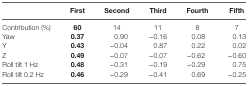
<table><thead><tr><td></td><td><b>First</b></td><td><b>Second</b></td><td><b>Third</b></td><td><b>Fourth</b></td><td><b>Fifth</b></td></tr></thead><tbody><tr><td>Contribution (%)</td><td><b>60</b></td><td>14</td><td>11</td><td>8</td><td>7</td></tr><tr><td>Yaw</td><td><b>0.37</b></td><td>0.90</td><td>−0.16</td><td>0.08</td><td>0.13</td></tr><tr><td>Y</td><td><b>0.43</b></td><td>−0.04</td><td>0.87</td><td>0.22</td><td>0.02</td></tr><tr><td>Z</td><td><b>0.49</b></td><td>−0.07</td><td>−0.07</td><td>−0.62</td><td>−0.60</td></tr><tr><td>Roll tilt 1 Hz</td><td><b>0.48</b></td><td>−0.31</td><td>−0.19</td><td>−0.29</td><td>0.75</td></tr><tr><td>Roll tilt 0.2 Hz</td><td><b>0.46</b></td><td>−0.29</td><td>−0.41</td><td>0.69</td><td>−0.25</td></tr></tbody></table>